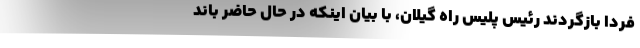
فردا بازگردند رئیس پلیس راه گیلان، با بیان اینکه در حال حاضر باند